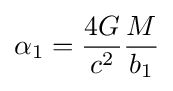
\alpha _{1}={\frac {4G}{c^{2}}}{\frac {M}{b_{1}}}